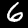
Label: 6